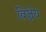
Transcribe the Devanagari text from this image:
विज्नेय